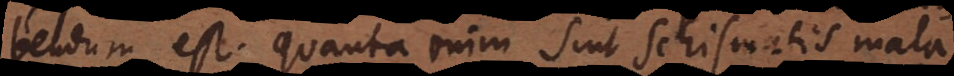
bendum est. Quanta enim sint schismatis mala